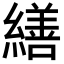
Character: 繕